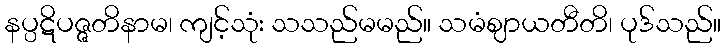
နပ္ပဋိပဇ္ဇတိနာမ၊ ကျင့်သုံး သသည်မမည်။ သမံဈာယတီတိ၊ ပုဒ်သည်။